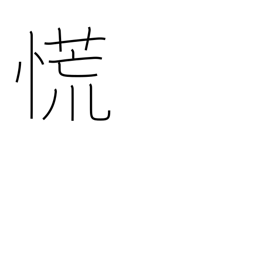
Meaning: lose one's head